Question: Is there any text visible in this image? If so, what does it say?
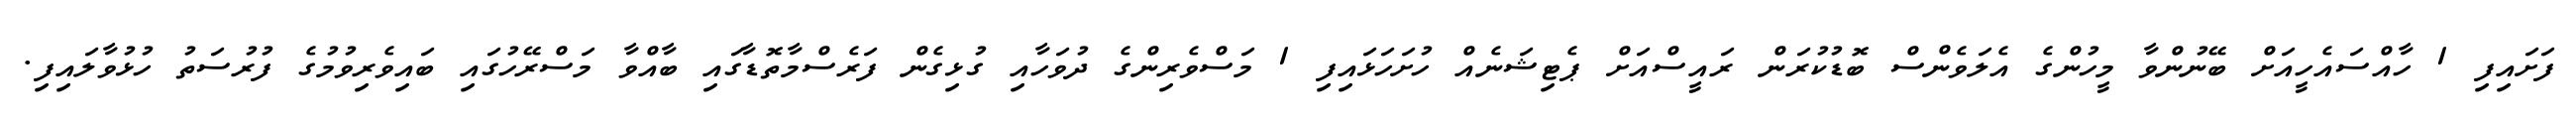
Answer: ފަށައިފި 1 ހާއްސައެހީއަށް ބޭނުންވާ މީހުންގެ އެލަވެންސް ބޮޑުކުރަން ރައީސްއަށް ޕެޓިޝަނެއް ހުށަހަޅައިފި 1 މަސްވެރިންގެ ދުވަހާއި ގުޅިގެން ފަރެސްމާތޮޑާގައި ބާއްވާ މަސްރޭހުގައި ބައިވެރިވުމުގެ ފުރުސަތު ހުޅުވާލައިފި.